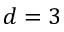
d = 3